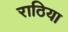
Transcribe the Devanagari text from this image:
राठिया